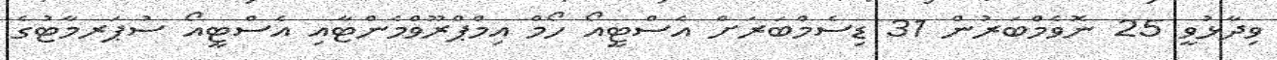
ވިދާޅުވީ 25 ނޮވެމްބަރުން 31 ޑިސެމްބަރަށް އެސްޓީއޯ ހޯމް އިމްޕްރޫވްމެންޓާއި އެސްޓީއޯ ސުޕަރމާޓުގެ